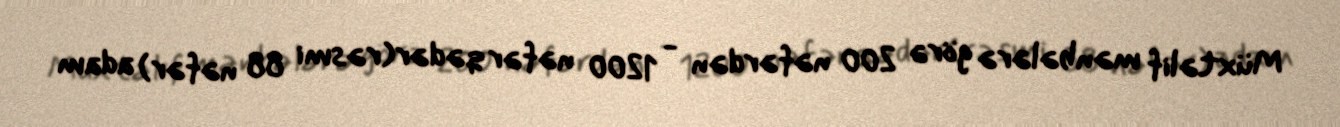
Müxtəlif mənbələrə görə 200 nəfərdən - 1200 nəfər qədər(rəsmi 88 nəfər) adam